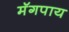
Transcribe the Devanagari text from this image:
मॅगपाय